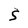
Character: S